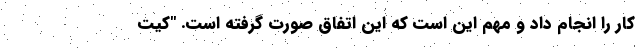
کار را انجام داد و مهم این است که این اتفاق صورت گرفته است. "کیت